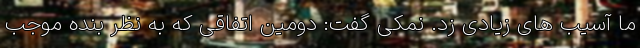
ما آسیب های زیادی زد. نمکی گفت: دومین اتفاقی که به نظر بنده موجب